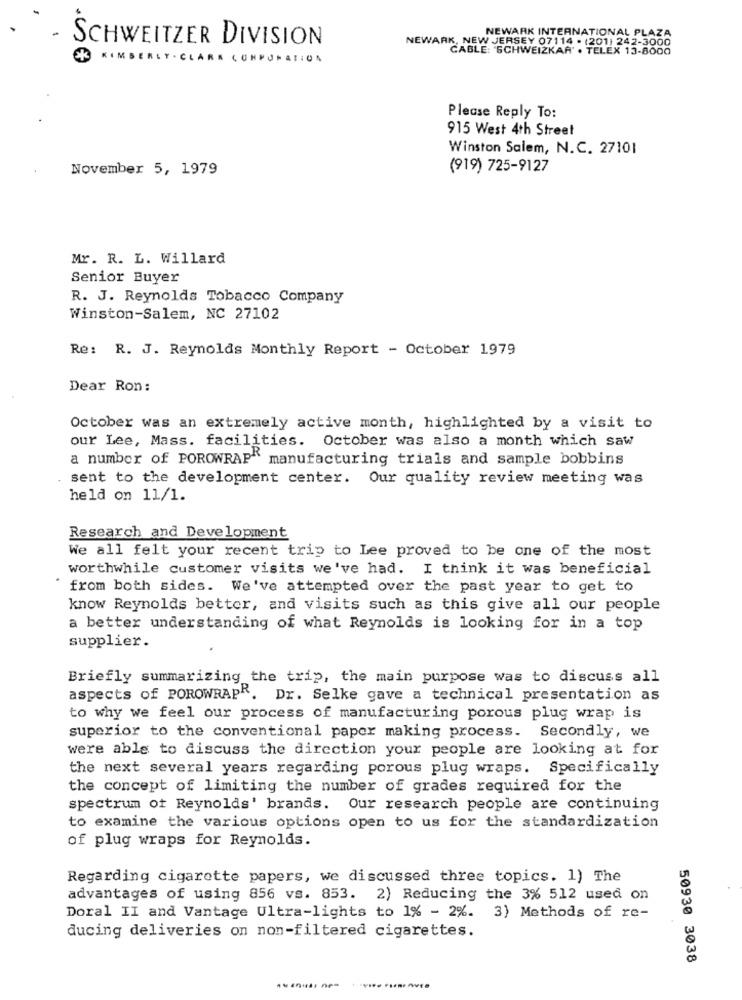
NEWARK INTERNATIONAL PLAZA
NEWARK, NEW JERSEY 07114 . (201) 242-3000
SCHWEITZER DIVISION
CABLE: SCHWEIZKAR" . TELEX 13-8000
KIMBERLY - CLARK CONPURATION
Please Reply To:
915 West 4th Street
Winston Salem, N.C. 27101
November 5, 1979
(919) 725-9127
Mr. R. L. Willard
Senior Buyer
R. J. Reynolds Tobacco Company
Winston-Salem, NC 27102
Re: R. J. Reynolds Monthly Report - October 1979
Dear Ron:
October was an extremely active month, highlighted by a visit to
our Lee, Mass. facilities. October was also a month which saw
a number of POROWRAP" manufacturing trials and sample bobbins
sent to the development center. Our quality review meeting was
held on 11/1.
Research and Development
We all felt your recent trip to Lee proved to be one of the most
worthwhile customer visits we've had. I think it was beneficial
from both sides. We've attempted over the past year to get to
know Reynolds better, and visits such as this give all our people
a better understanding of what Reynolds is looking for in a top
supplier.
Briefly summarizing the trip, the main purpose was to discuss all
aspects of POROWRAPR. Dr. Selke gave a technical presentation as
to why we feel our process of manufacturing porous plug wrap is
superior to the conventional paper making process. Secondly, we
were able to discuss the direction your people are looking at for
the next several years regarding porous plug wraps. Specifically
the concept of limiting the number of grades required for the
spectrum of Reynolds' brands. Our research people are continuing
to examine the various options open to us for the standardization
of plug wraps for Reynolds.
Regarding cigarette papers, we discussed three topics. 1) The
advantages of using 856 vs. 853. 2) Reducing the 3% 512 used on
Doral II and Vantage Ultra-lights to 1% - 2%. 3) Methods of re-
ducing deliveries on non-filtered cigarettes.
50930 3038